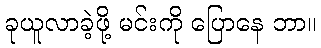
ခုယူလာခဲ့ဖို့ မင်းကို ပြောနေ ဘာ။